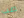
صب